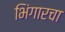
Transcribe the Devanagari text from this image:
भिंगारचा